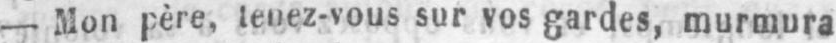
- Mon père, tenez-vous sur vos gardes, murmura